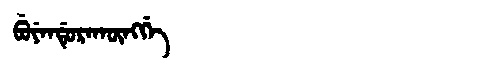
Manchu: ᠪᡠᠶᡝᠨᡩᡠᡵᠠᡴᡡᠩᡤᡝ
Romanization: BUYENDURAKŪNGGE